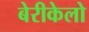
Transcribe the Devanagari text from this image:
बेरीकेलो